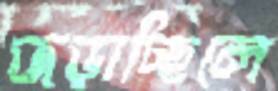
জড়াচ্ছিলে